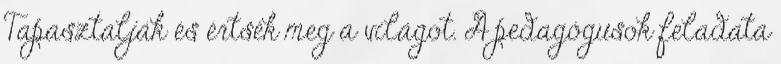
Tapasztalják és értsék meg a világot. A pedagógusok feladata